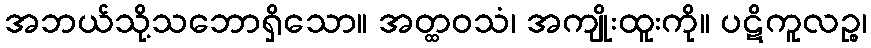
အဘယ်သို့သဘောရှိသော။ အတ္ထဝသံ၊ အကျိုးထူးကို။ ပဋိကူလဉ္စ၊